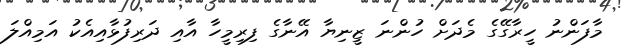
މާފަންނު ހީރާގޭގެ މެދަށް ހުންނަ ޒީނިޔާ އޭނާގެ ފިރިމީހާ އާއި ދަރިފުޅާއިއެކު އަމިއްލަ